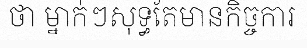
ថា ម្នាក់ៗសុទ្ធតែមានកិច្ចការ